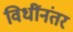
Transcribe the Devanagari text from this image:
विधींनंतर